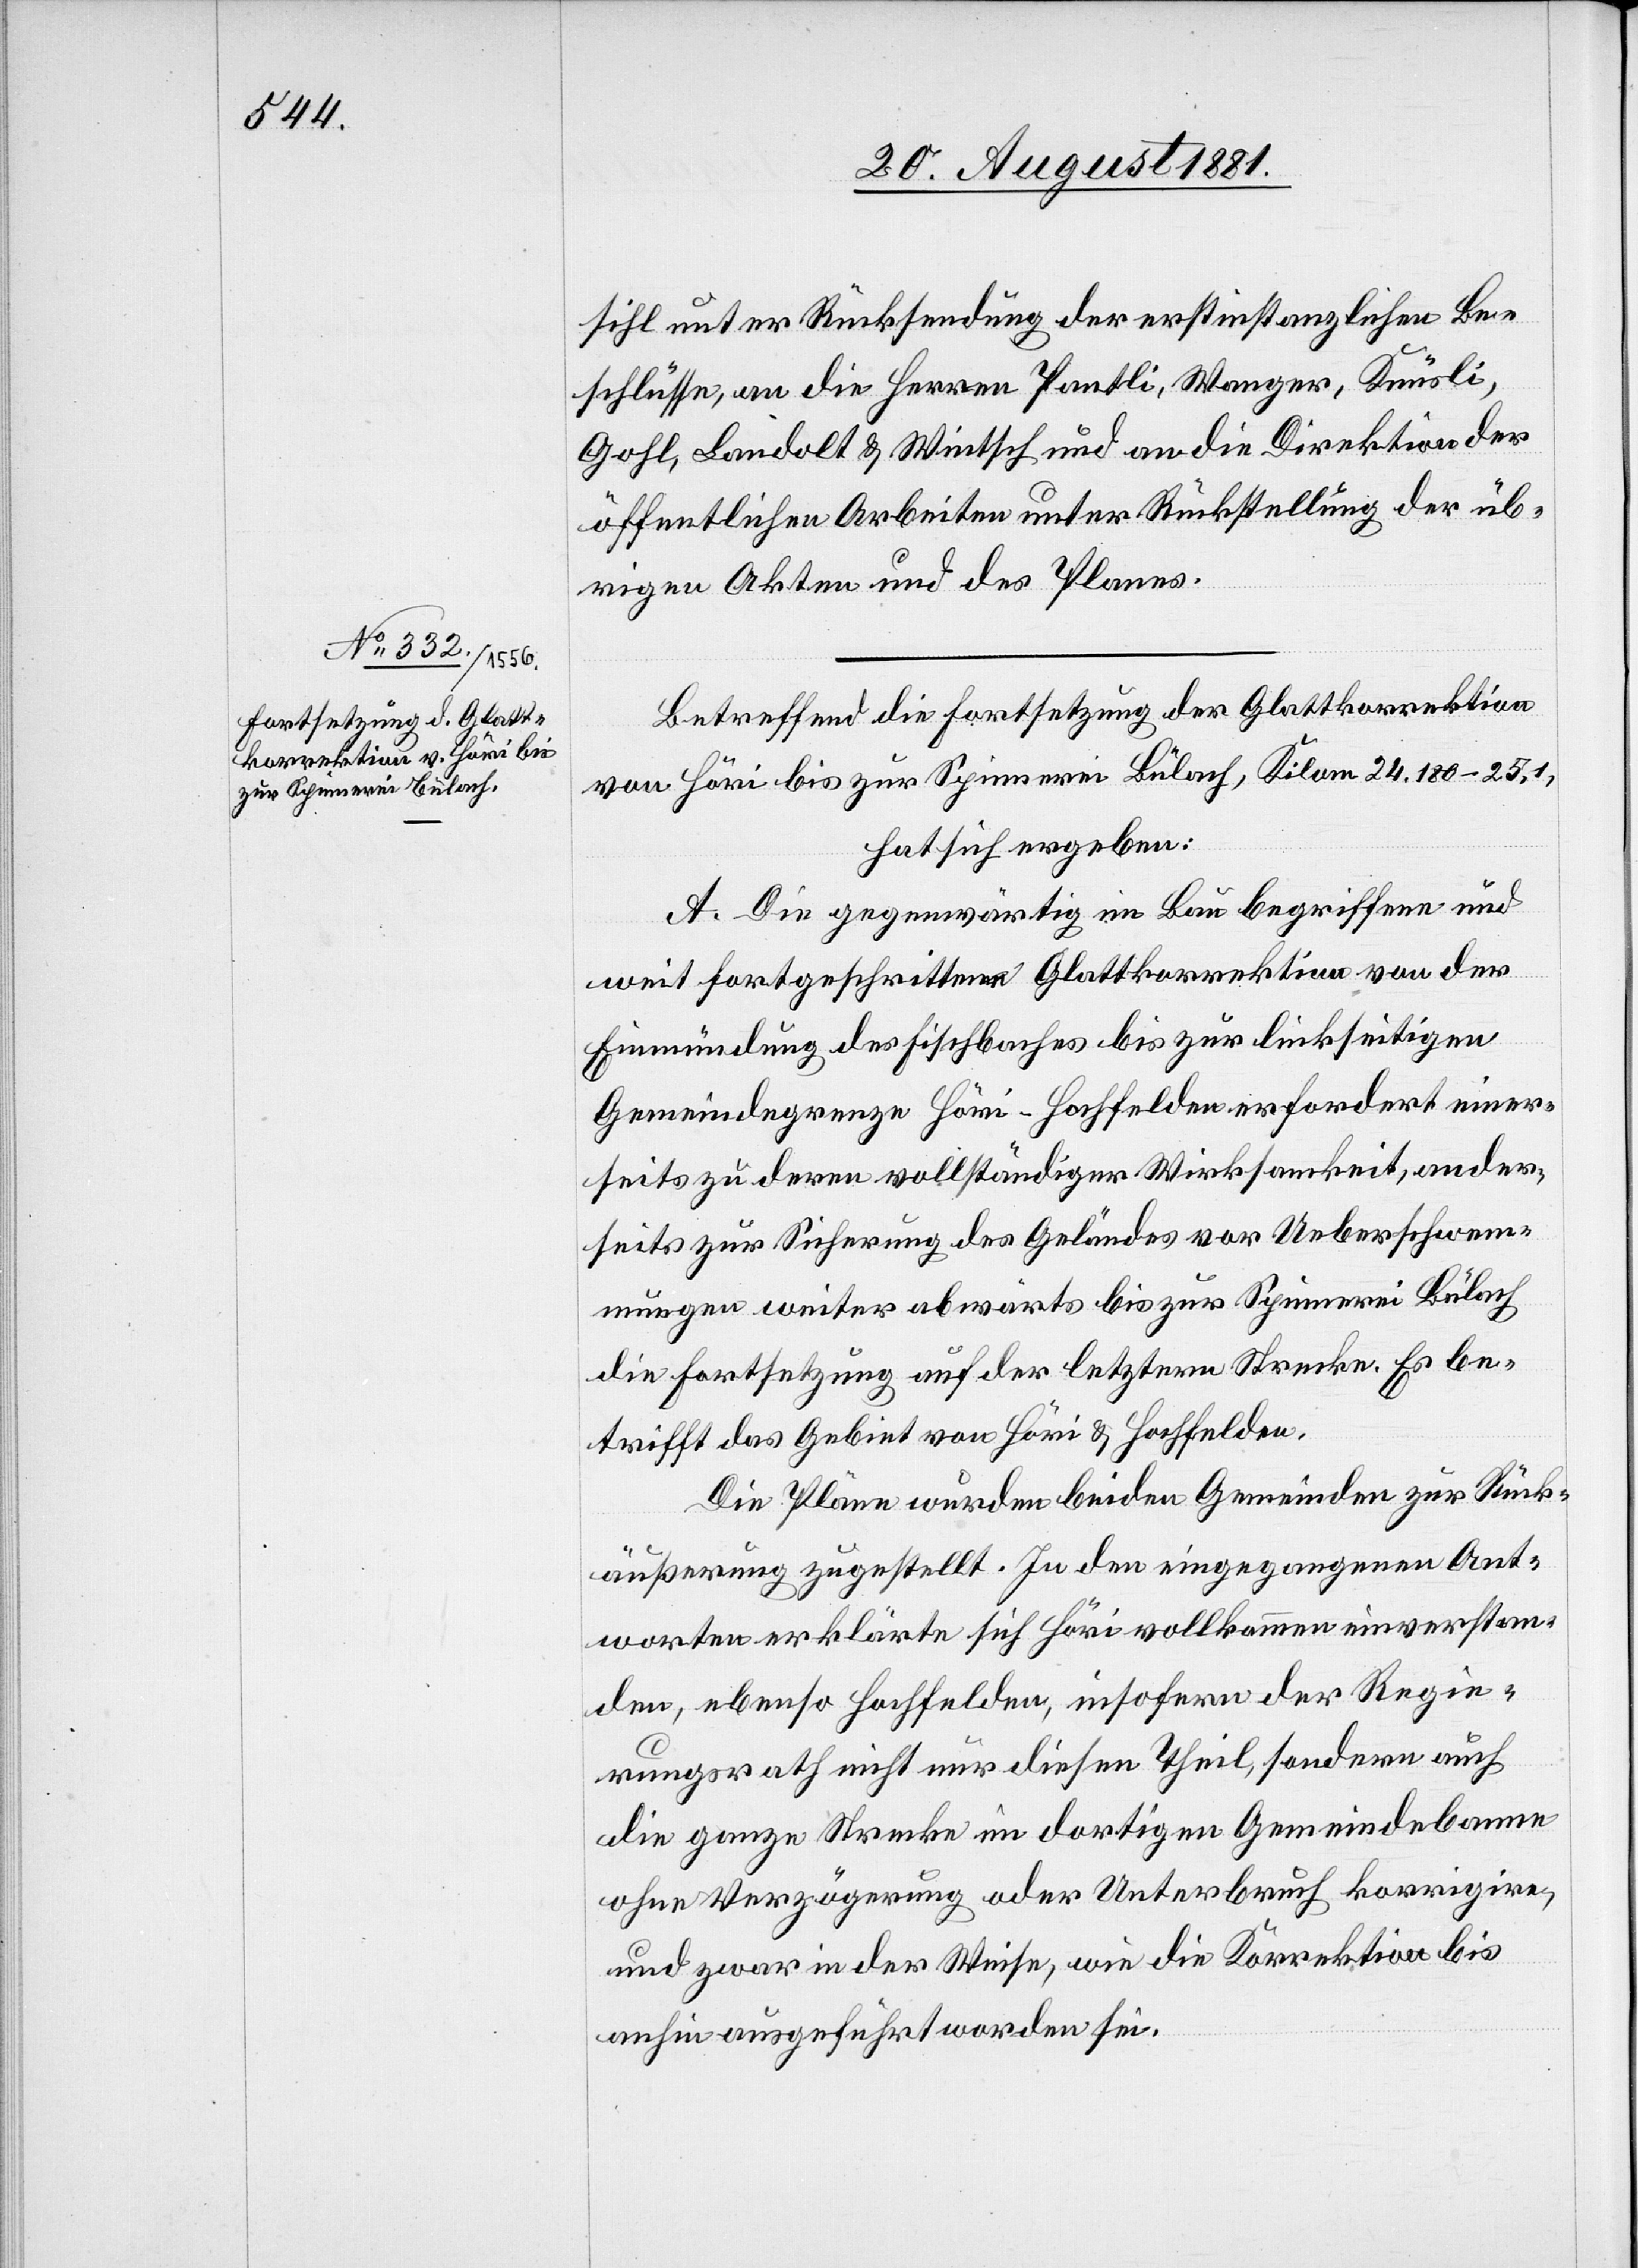
Betreffend die Fortsetzung der Glattkorrektion
von Höri bis zur Spinnerei Bülach, Kilom[.] 24.180–25,1,
hat sich ergeben:
A. Die gegenwärtig in Bau begriffene und
weit fortgeschrittene Glattkorrektion von der
Einmündung des Fischbaches bis zur linkseitigen
Gemeindegrenze Höri - Hochfelden erfordert einer¬
seits zu deren vollständiger Wirksamkeit, ander¬
seits zur Sicherung des Geländes vor Ueberschwem¬
mungen weiter abwärts bis zur Spinnerei Bülach
die Fortsetzung auf der letztern Strecke. Es be¬
trifft das Gebiet von Höri & Hochfelden.
Die Pläne wurden beiden Gemeinden zur Rück¬
äußerung zugestellt. In den eingegangenen Ant¬
worten erklärte sich Höri vollkommen einverstan¬
den, ebenso Hochfelden, insofern der Regie¬
rungsrath nicht nur diesen Theil, sondern auch
die ganze Strecke im dortigen Gemeindebanne
ohne Verzögerung oder Unterbruch korrigire,
und zwar in der Weise, wie die Korrektion bis
anhin ausgeführt worden sei.